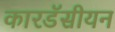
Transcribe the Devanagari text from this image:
कारडॅसीयन